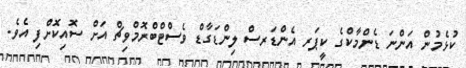
ކުޅެމުން އަންނަ ޑެންމާކްގެ ކީޕަރ އެންޑަރސް ލިންޑަގާޑް ވެސްޓްބްރޮމްވިޗް އަށް ސޮއިކޮށްފި އެވެ.